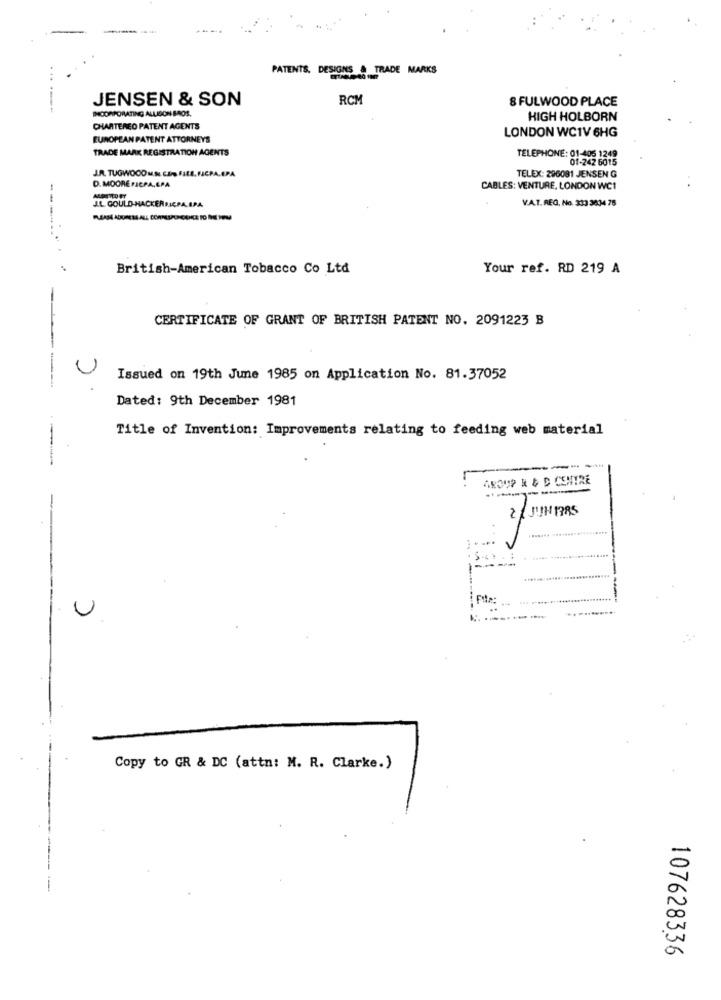
--
PATENTS, DESIGNS & TRADE MARKS
....
JENSEN & SON
RCM
8 FULWOOD PLACE
INCORPORATING ALLISON BROS.
HIGH HOLBORN
CHARTERED PATENT AGENTS
LONDON WC1V 6HG
EUROPEAN PATENT ATTORNEYS
TRADE MARK REGISTRATION AGENTS
TELEPHONE: 01-405 1249
01-242 6015
J.R. TUGWOOD MUSI CO- FIEE. FICPA.EPA
D. MOORE FICPA,CPA
TELEX: 296081 JENSEN G
CABLES: VENTURE, LONDON WC1
J.L. GOULD-HACKERFICPA.IPA.
V.A.T. REG. No. 333 3634 76
-------
British-American Tobacco Co Ltd
Your ref. RD 219 A
CERTIFICATE OF GRANT OF BRITISH PATENT NO. 2091223 B
Issued on 19th June 1985 on Application No. 81.37052
Dated: 9th December 1981
Title of Invention: Improvements relating to feeding web material
- -
ANOUP R & D CENTRE
2 JUNERS
~
File:
U
Copy to GR & DC (attn: M. R. Clarke.)
107628336